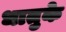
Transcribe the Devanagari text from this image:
धातुके